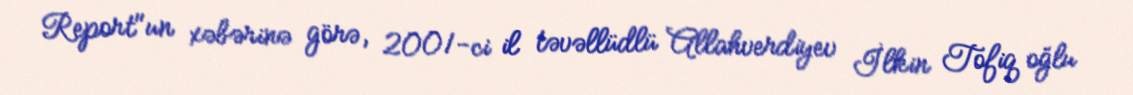
Report"un xəbərinə görə, 2001-ci il təvəllüdlü Allahverdiyev İlkin Tofiq oğlu